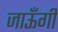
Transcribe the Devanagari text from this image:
जाऊँगी